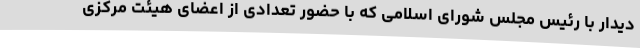
دیدار با رئیس مجلس شورای اسلامی که با حضور تعدادی از اعضای هیئت مرکزی